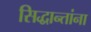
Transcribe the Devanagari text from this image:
सिद्धान्तांना